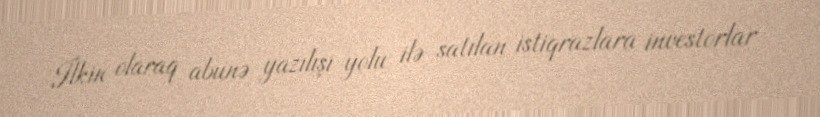
İlkin olaraq abunə yazılışı yolu ilə satılan istiqrazlara investorlar